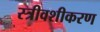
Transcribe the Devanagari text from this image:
स्त्रीवशीकरण